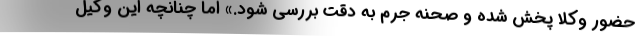
حضور وكلا پخش شده و صحنه جرم به دقت بررسي شود.» اما چنانچه اين وكيل